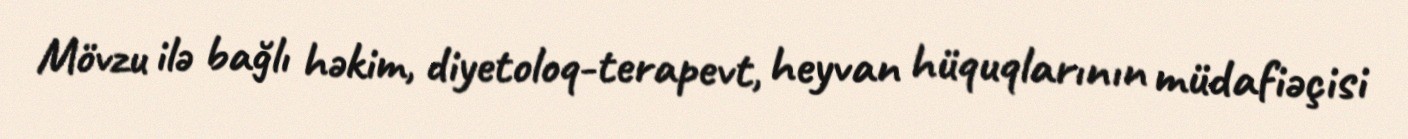
Mövzu ilə bağlı həkim, diyetoloq-terapevt, heyvan hüquqlarının müdafiəçisi